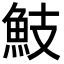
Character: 𩵾